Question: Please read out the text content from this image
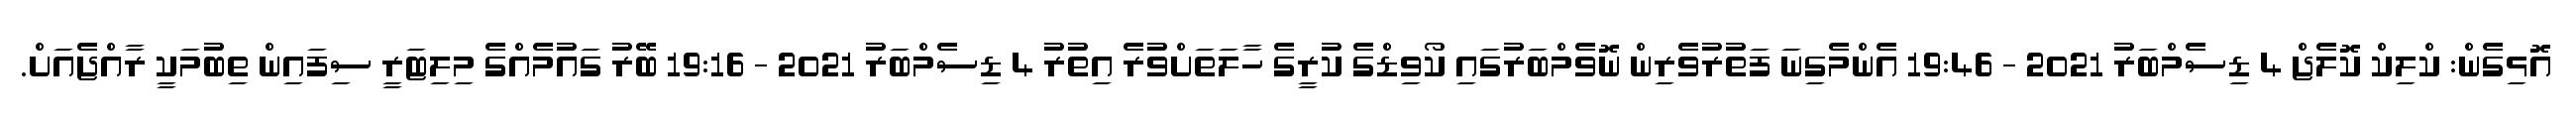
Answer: އޮޅިގެން: ކްލިކް ކޮލެޖް 4 ޑިސެމްބަރު 2021 - 19:46 އެންމެގިނަ ފަތުރުވެރިން ނޮވެމްބަރުގައި ކޯވިޑްގެ ކުރީގެ ހާލަތަށްވުރެ އިތުރު 4 ޑިސެމްބަރު 2021 - 19:16 ބޭރު ގައުމެއްގެ މިލިޓަރީ ސިފައިން ތިބުމަކީ ރާއްޖެއަށް.